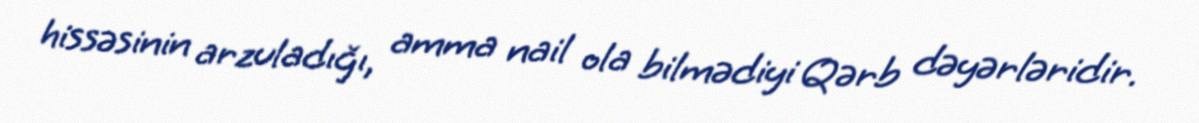
hissəsinin arzuladığı, amma nail ola bilmədiyi Qərb dəyərləridir.